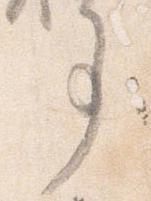
事